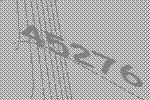
45276